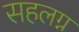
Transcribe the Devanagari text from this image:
सहलग्न